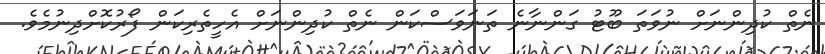
ނެތް ކުދިންނަށް ނުވަތަ ބޫޓު ގަންނާނެ ތަނަވަސްކަން ނެތް ކުދިންނަށް އެހީތެރިކަން ފޯރުކޮށްދިނުމެވެ.